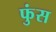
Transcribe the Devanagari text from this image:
फुंस